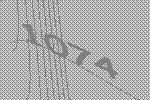
1074